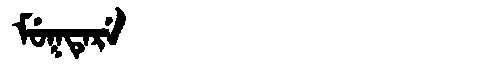
Manchu: ᠮᡠᡴᡨᡝᡵᡝ
Romanization: MUKTERE